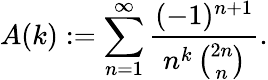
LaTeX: A(k):=\sum_{n=1}^{\infty}\frac{(-1)^{n+1}}{n^{k}\, {\binom{2n}{n}}}.